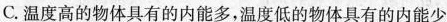
C.温度高的物体具有的内能多，温度低的物体具有的内能少